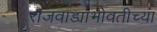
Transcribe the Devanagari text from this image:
राजवाड्याभोवतीच्या